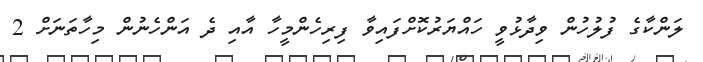
ލަންކާގެ ފުލުހުން ވިދާޅުވީ ހައްޔަރުކޮށްފައިވާ ފިރިހެންމީހާ އާއި ދެ އަންހެނުން މިހާތަނަށް 2